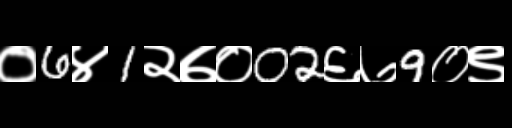
Text: ०6४1२७०02६७9०९